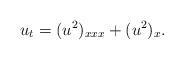
LaTeX: \begin{align*}u_t = (u^2)_{xxx} + (u^2)_x.\end{align*}